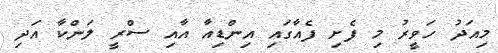
މިއަދު ހަވީރު މި ފެށި ފެއާގައި އިންޑިއާ އާއި ސްރީ ލަންކާ އަދި